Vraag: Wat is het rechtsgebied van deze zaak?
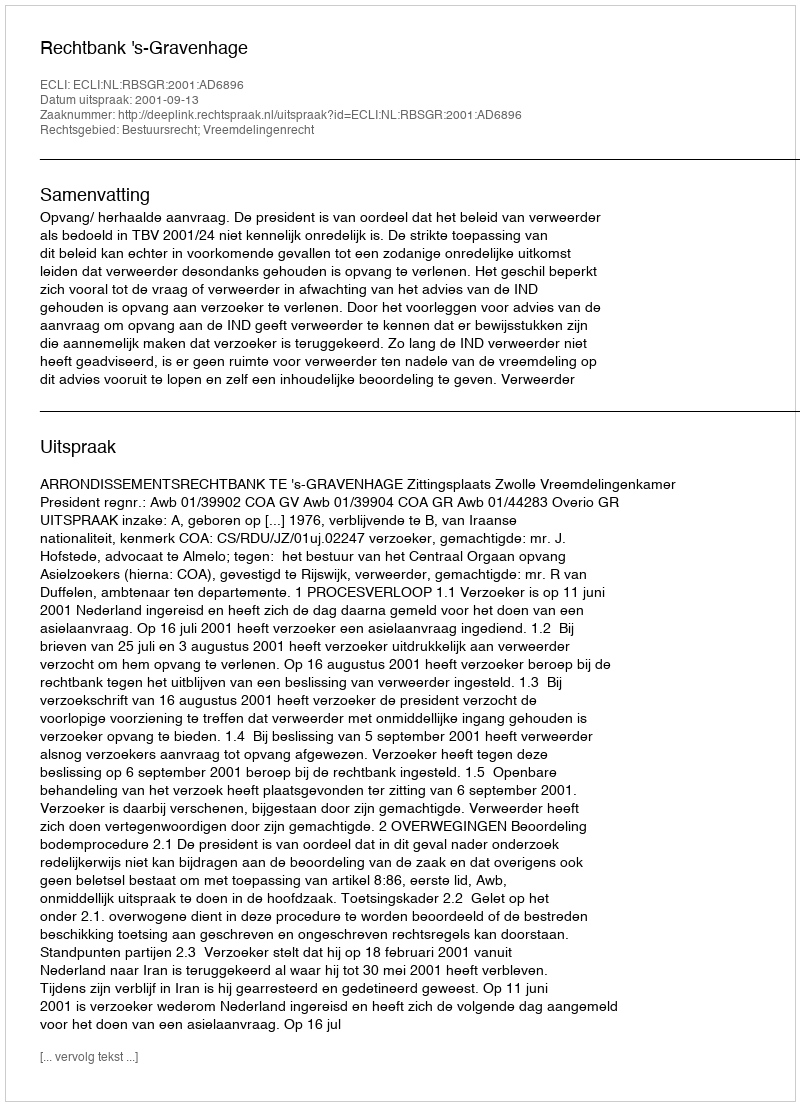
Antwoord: Bestuursrecht; Vreemdelingenrecht